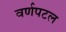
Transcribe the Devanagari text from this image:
वर्णपटल